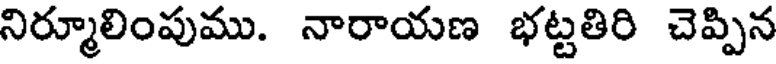
నిర్మూలింపుము. నారాయణ భట్టతిరి చెప్పిన